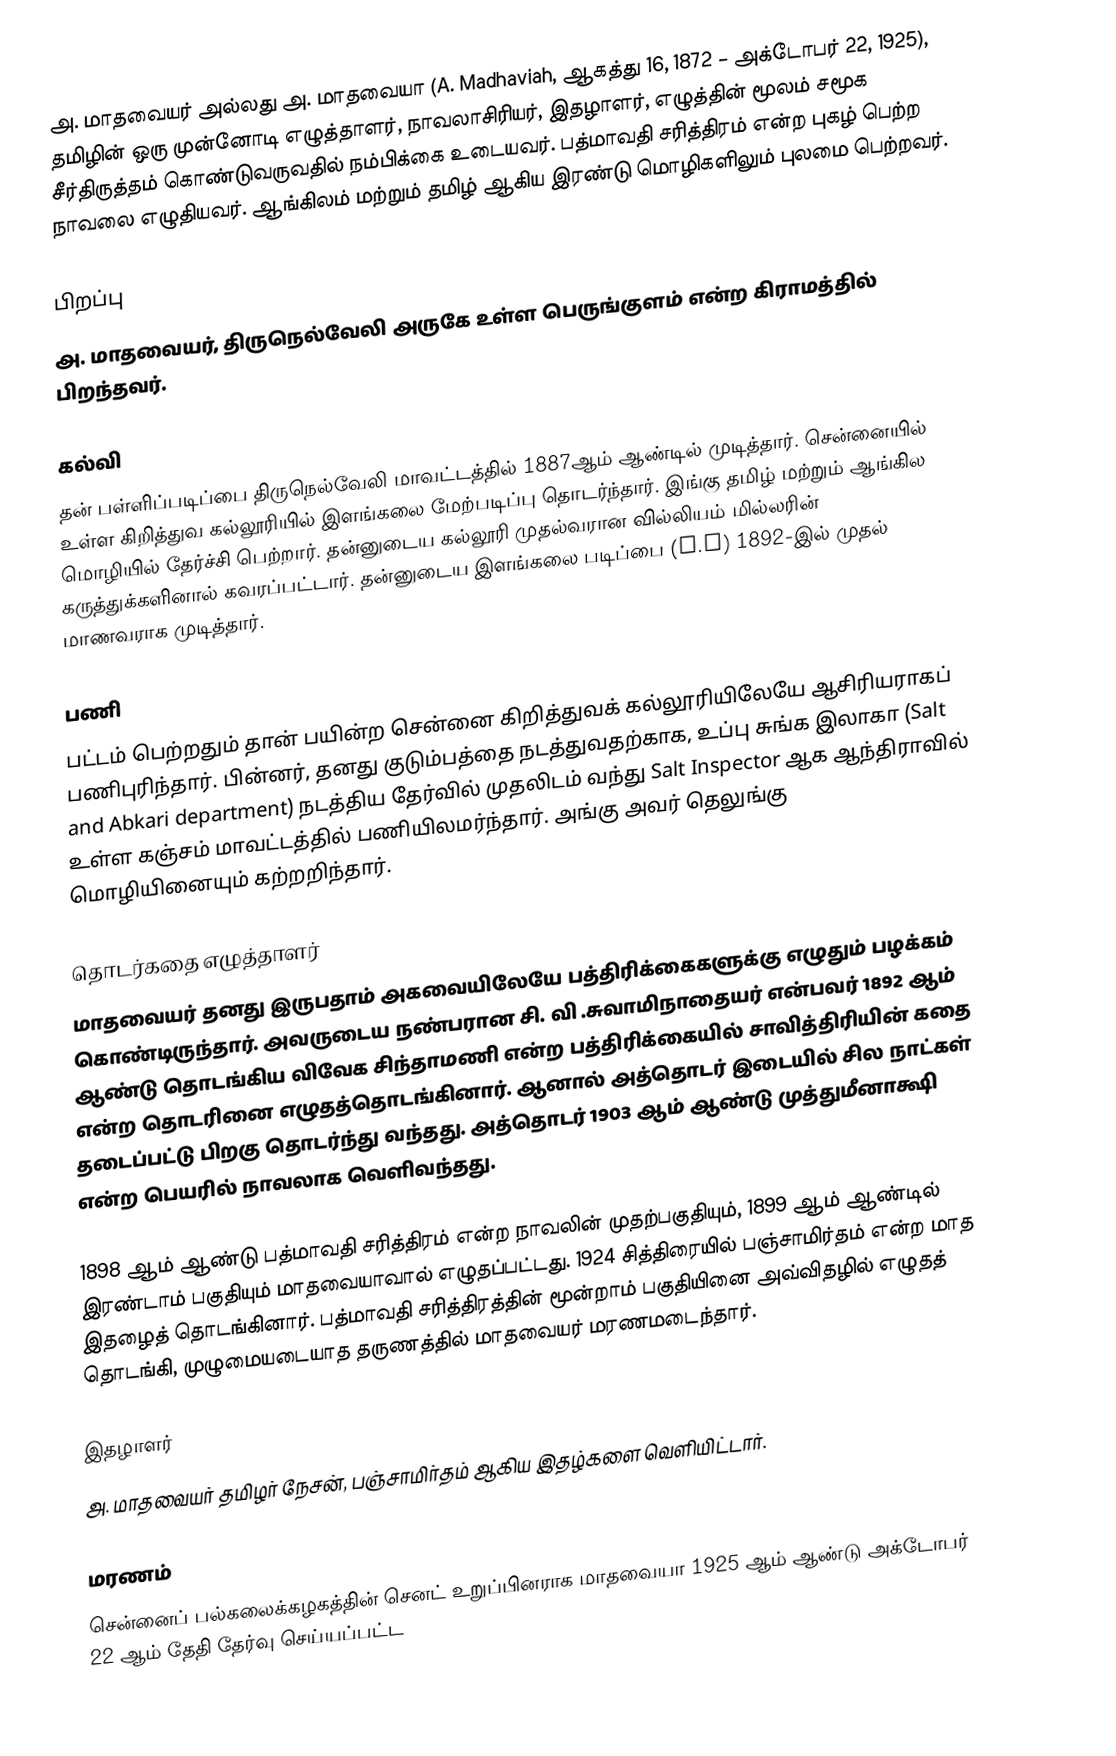
அ. மாதவையர் அல்லது அ. மாதவையா (A. Madhaviah, ஆகத்து 16, 1872 – அக்டோபர் 22, 1925), தமிழின் ஒரு முன்னோடி எழுத்தாளர், நாவலாசிரியர், இதழாளர், எழுத்தின் மூலம் சமூக சீர்திருத்தம் கொண்டுவருவதில் நம்பிக்கை உடையவர். பத்மாவதி சரித்திரம் என்ற புகழ் பெற்ற நாவலை எழுதியவர். ஆங்கிலம் மற்றும் தமிழ் ஆகிய இரண்டு மொழிகளிலும் புலமை பெற்றவர்.

பிறப்பு
அ. மாதவையர், திருநெல்வேலி அருகே உள்ள பெருங்குளம் என்ற கிராமத்தில் பிறந்தவர்.

கல்வி
தன் பள்ளிப்படிப்பை திருநெல்வேலி மாவட்டத்தில் 1887ஆம் ஆண்டில் முடித்தார்.  சென்னையில் உள்ள கிறித்துவ கல்லூரியில் இளங்கலை மேற்படிப்பு தொடர்ந்தார். இங்கு தமிழ் மற்றும் ஆங்கில மொழியில் தேர்ச்சி பெற்றார். தன்னுடைய கல்லூரி முதல்வரான வில்லியம் மில்லரின் கருத்துக்களினால் கவரப்பட்டார். தன்னுடைய இளங்கலை படிப்பை (B.A) 1892-இல் முதல் மாணவராக முடித்தார்.

பணி
பட்டம் பெற்றதும் தான் பயின்ற சென்னை கிறித்துவக் கல்லூரியிலேயே ஆசிரியராகப் பணிபுரிந்தார். பின்னர், தனது குடும்பத்தை நடத்துவதற்காக, உப்பு சுங்க இலாகா (Salt and Abkari department) நடத்திய தேர்வில் முதலிடம் வந்து Salt Inspector ஆக ஆந்திராவில் உள்ள கஞ்சம் மாவட்டத்தில் பணியிலமர்ந்தார். அங்கு அவர் தெலுங்கு மொழியினையும் கற்றறிந்தார்.

தொடர்கதை எழுத்தாளர்
மாதவையர் தனது இருபதாம் அகவையிலேயே பத்திரிக்கைகளுக்கு எழுதும் பழக்கம் கொண்டிருந்தார். அவருடைய நண்பரான சி. வி .சுவாமிநாதையர் என்பவர் 1892 ஆம் ஆண்டு தொடங்கிய விவேக சிந்தாமணி என்ற பத்திரிக்கையில் சாவித்திரியின் கதை என்ற தொடரினை எழுதத்தொடங்கினார். ஆனால் அத்தொடர் இடையில் சில நாட்கள் தடைப்பட்டு பிறகு தொடர்ந்து வந்தது. அத்தொடர் 1903 ஆம் ஆண்டு முத்துமீனாக்ஷி என்ற பெயரில் நாவலாக வெளிவந்தது.

1898 ஆம் ஆண்டு பத்மாவதி சரித்திரம் என்ற நாவலின் முதற்பகுதியும், 1899 ஆம் ஆண்டில் இரண்டாம் பகுதியும் மாதவையாவால் எழுதப்பட்டது. 1924 சித்திரையில் பஞ்சாமிர்தம் என்ற மாத இதழைத் தொடங்கினார். பத்மாவதி சரித்திரத்தின் மூன்றாம் பகுதியினை அவ்விதழில் எழுதத் தொடங்கி, முழுமையடையாத தருணத்தில் மாதவையர் மரணமடைந்தார்.

இதழாளர்
அ. மாதவையர் தமிழர் நேசன், பஞ்சாமிர்தம் ஆகிய இதழ்களை வெளியிட்டார்.

மரணம்
சென்னைப் பல்கலைக்கழகத்தின் செனட் உறுப்பினராக மாதவையா 1925 ஆம் ஆண்டு அக்டோபர் 22 ஆம் தேதி தேர்வு செய்யப்பட்ட